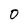
Character: 0